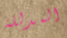
المدللة